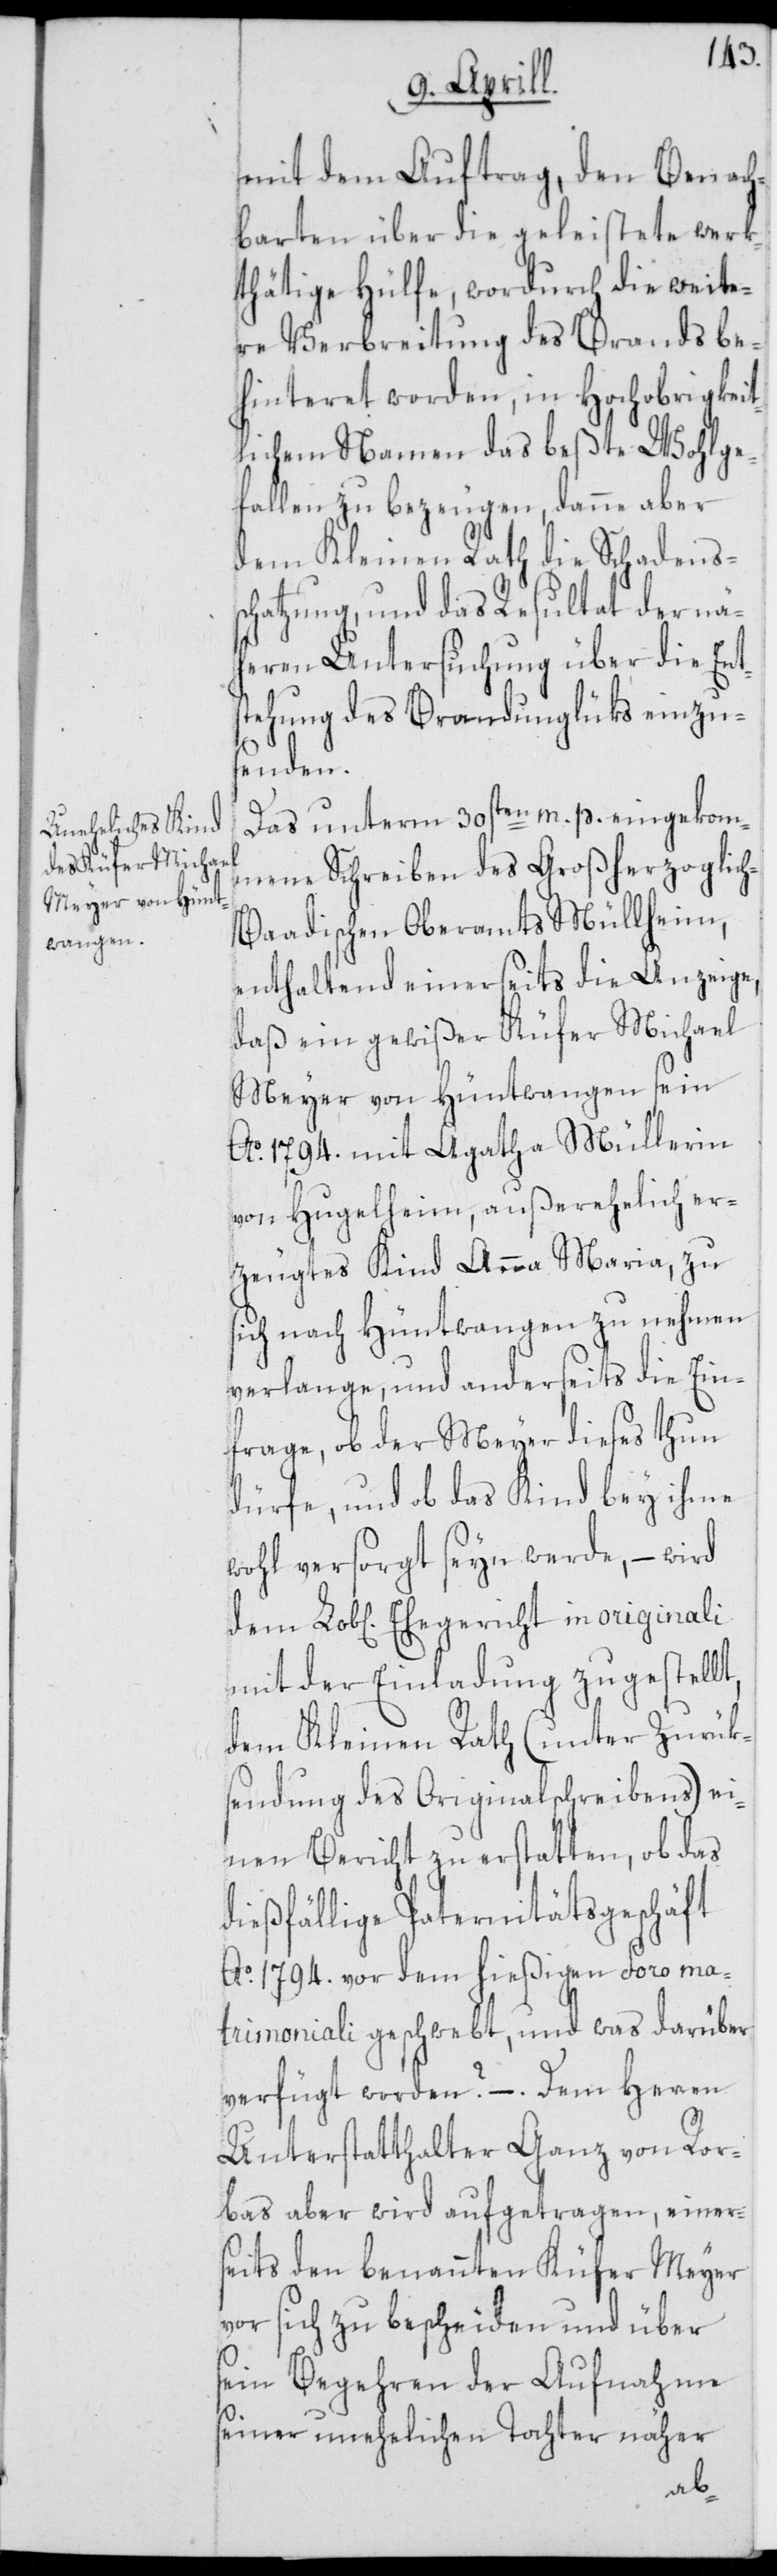
mit dem Auftrag, den Benach¬
barten über die geleistete werk¬
thätige Hülfe, wodurch die weite¬
re Verbreitung des Brands be¬
hinteret worden, in Hochobrigkeit¬
lichem Namen das beßte Wohlge¬
fallen zu bezeugen, danne aber
dem Kleinen Rath die Schadenss¬
chatzung, und das Resultat der nä¬
heren Untersuchung über die Ent¬
stehung des Brandunglüks einzus¬
enden.
Das unterm 30sten m. p. eingekom¬
mene Schreiben des Großherzoglic¬
h-Baadischen Oberamts Müllheim,
enthaltend einerseits die Anzeige,
daß ein gewißer Küfer Michael
Meyer von Hüntwangen sein
Ao. 1794. mit Agatha Müllerin
von Hugelheim, außerehelich er¬
zeugtes Kind Anna Maria, zu
sich nach Hüntwangen zu nehmen
verlange, und anderseits die Ein¬
frage, ob der Meyer dieses thun
dürfe, und ob das Kind bey ihme
wohl versorgt seyn werde, – wird
mit der Einladung zugestellt,
dem Kleinen Rath (unter Zurük¬
sendung des Originalschreibens) ei¬
nen Bericht zu erstatten, ob das
dießfällige Paternitätsgeschäft
Ao. 1794. vor dem hießigen Foro ma¬
trimoniali geschwebt, und was darüber
verfügt worden? – . Dem Herren
Unterstatthalter Ganz von Ror¬
bas aber wird aufgetragen, einer¬
seits den benannten Küfer Meyer
vor sich zu bescheiden und über
sein Begehren der Aufnahme
seiner unehelichen Tochter näher